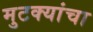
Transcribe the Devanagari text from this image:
मुटक्यांचा